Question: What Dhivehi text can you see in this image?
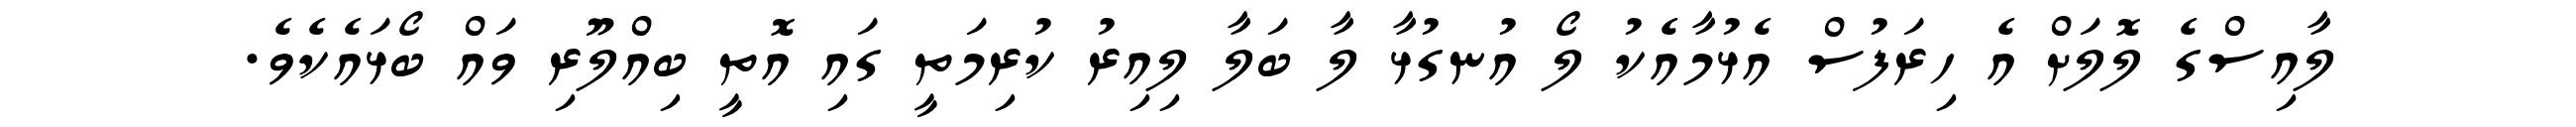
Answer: ލާއިސްގެ ލޮލަށް އެ ހިރަފުސް އެޅުމާއެކު ލޯ އުނގުޅާ ލާ ބަލާ ލިއިރު ކުރިމަތީ ގައި އޮތީ ބިއްލޫރި ވައް ބޯޅައެކެވެ.